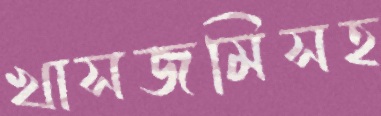
খাসজমিসহ